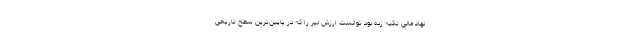
نهاد مالی تکیه زده بود توانست ارزش لیر را که در پایین‌ترین سطح تاریخی